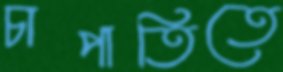
চাপাতিতে